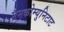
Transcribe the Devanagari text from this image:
मैनकोम्युनिटाट